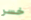
خسر